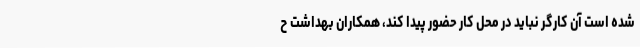
شده است آن کارگر نباید در محل کار حضور پیدا کند، همکاران بهداشت ح